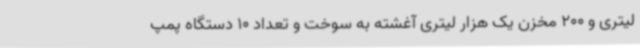
لیتری و 200 مخزن یک هزار لیتری آغشته به سوخت و تعداد 10 دستگاه پمپ